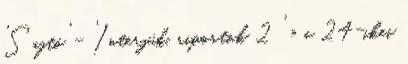
'Sajtó' - 'Interjúk, riportok 2 ' » a 24-ikei